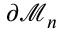
\partial \mathcal { M } _ { n }